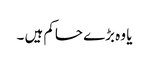
یا وہ بڑے حاکم ہیں ۔